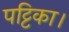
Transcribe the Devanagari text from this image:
पट्टिका।